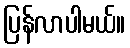
ပြန်လာပါမယ်။